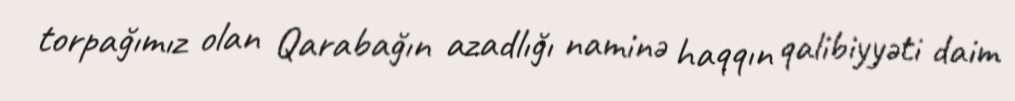
torpağımız olan Qarabağın azadlığı naminə haqqın qalibiyyəti daim